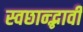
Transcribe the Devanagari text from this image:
स्वछान्द्भावी